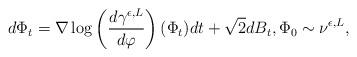
LaTeX: \begin{align*}d\Phi_t=\nabla\log \left(\frac{d\gamma^{\epsilon,L}}{d\varphi}\right)(\Phi_t)dt+\sqrt{2} dB_t,\Phi_0\sim \nu^{\epsilon,L},\end{align*}